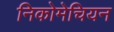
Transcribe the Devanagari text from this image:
निकोमेचियन